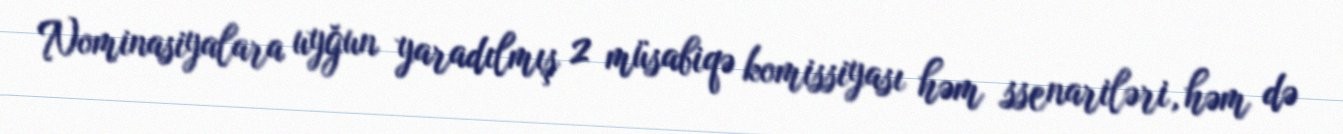
Nominasiyalara uyğun yaradılmış 2 müsabiqə komissiyası həm ssenariləri, həm də